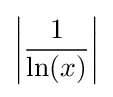
\left|{\frac {1}{\ln(x)}}\right|